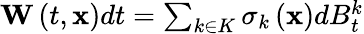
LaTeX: \begin{array}{r}{\mathbf{W}\left(t,\mathbf{x}\right)dt=\sum_{k\in K}\mathbf{\sigma}_{k}\left(\mathbf{x}\right)dB_{t}^{k}}\end{array}